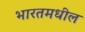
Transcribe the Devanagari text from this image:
भारतमधील